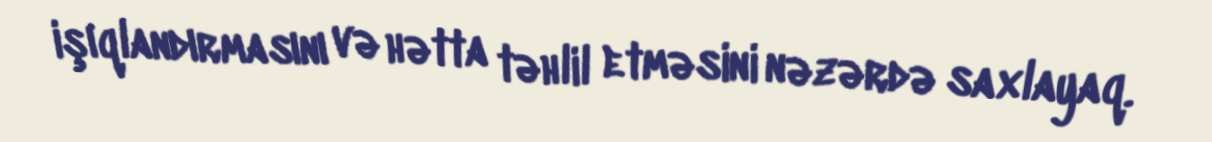
işıqlandırmasını və hətta təhlil etməsini nəzərdə saxlayaq.